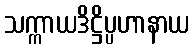
သက္ကာယဒိဋ္ဌိပ္ပဟာနာယ